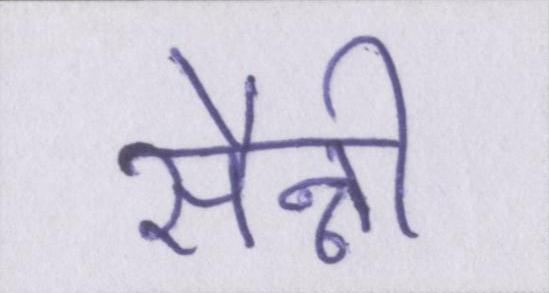
सैन्नी